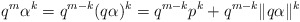
\begin{align*}q^{m}\alpha^{k}=q^{m-k}(q\alpha)^{k}=q^{m-k}p^{k}+q^{m-k}\Vert q\alpha\Vert^{k}\end{align*}